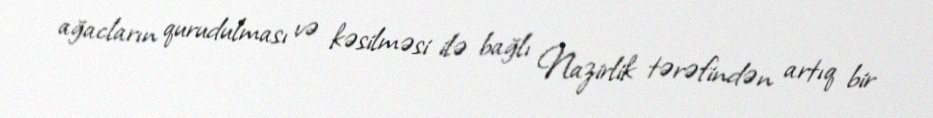
ağacların qurudulması və kəsilməsi ilə bağlı Nazirlik tərəfindən artıq bir